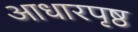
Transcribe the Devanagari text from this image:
आधारपृष्ठ